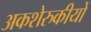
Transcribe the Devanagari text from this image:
अकशेरुकीयों